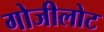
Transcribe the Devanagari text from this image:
गोजीलोट